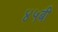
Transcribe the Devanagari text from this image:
४५बी